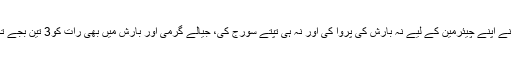
بختاور بھٹو زرداری نے کہا کہ جیالوں نے اپنے چیئرمین کے لیے نہ بارش کی پروا کی اور نہ ہی تپتے سورج کی، جیالے گرمی اور بارش میں بھی رات کو3 تین بجے تک اپنے چیئرمین کا انتظار کرتے رہے۔